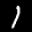
Label: 1